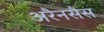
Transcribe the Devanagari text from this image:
अरैनसैस